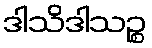
ဒါသိဒါသဉ္စ